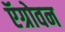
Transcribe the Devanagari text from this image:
ऍग्रोवन